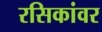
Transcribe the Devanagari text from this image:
रसिकांवर